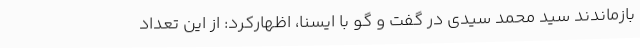
بازماندند سید محمد سیدی در گفت و گو با ایسنا، اظهارکرد: از این تعداد